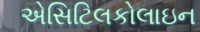
એસિટિલકોલાઇન